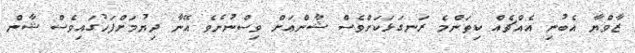
ޒާވްޔާ އެބުނި އެއްޗެއް ކިތަންމެ ރަނގަޅަކަށްވެސް ޝާންއަށް ވިސްނުނެވެ އޭނާ ދިޔުމަށްފަހުގައިވެސް ޝާން